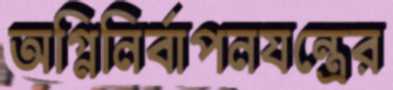
অগ্নিনির্বাপনযন্ত্রের